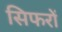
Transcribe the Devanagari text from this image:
सिफरों